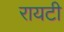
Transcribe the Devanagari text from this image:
रायटी